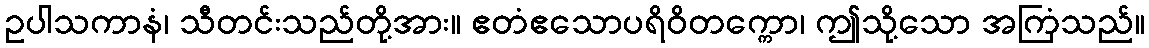
ဥပါသကာနံ၊ သီတင်းသည်တို့အား။ ဧတံဧသောပရိဝိတက္ကော၊ ဤသို့သော အကြံသည်။